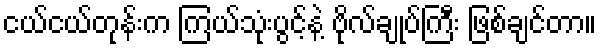
ငယ်ငယ်တုန်းက ကြယ်သုံးပွင့်နဲ့ ဗိုလ်ချုပ်ကြီး ဖြစ်ချင်တာ။